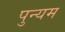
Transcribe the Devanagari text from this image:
पुन्यम